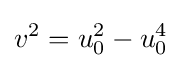
v^{2}=u_{0}^{2}-u_{0}^{4}